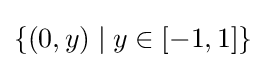
\{(0,y)\mid y\in [-1,1]\}